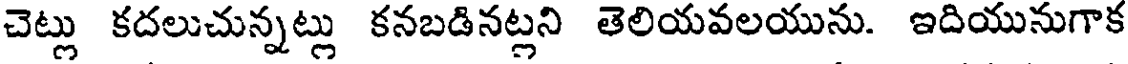
చెట్లు కదలుచున్నట్లు కనబడినట్లని తెలియవలయును. ఇదియునుగాక